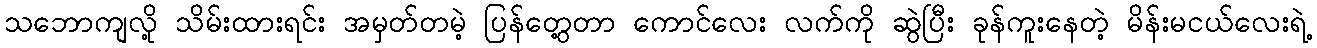
သဘောကျလို့ သိမ်းထားရင်း အမှတ်တမဲ့ ပြန်တွေ့တာ ကောင်လေး လက်ကို ဆွဲပြီး ခုန်ကူးနေတဲ့ မိန်းမငယ်လေးရဲ့